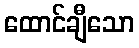
ထောင်ချီသော